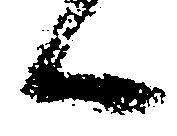
候